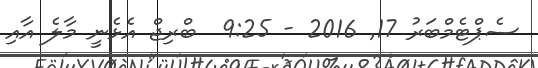
ސެޕްޓެމްބަރު 17